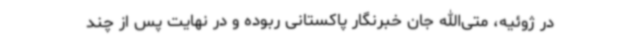
در ژوئیه، متی‌الله جان خبرنگار پاکستانی ربوده و در نهایت پس از چند